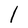
Character: l